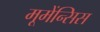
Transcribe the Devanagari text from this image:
मूमेंन्सिस